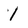
Character: 1